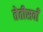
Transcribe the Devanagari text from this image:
तेतीसवाँ